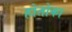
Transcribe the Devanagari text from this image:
होतोका